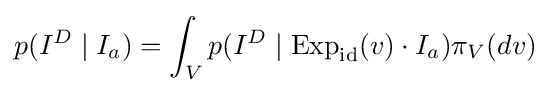
p(I^{D}\mid I_{a})=\int _{V}p(I^{D}\mid \operatorname {Exp} _{\rm {id}}(v)\cdot I_{a})\pi _{V}(dv)\